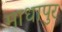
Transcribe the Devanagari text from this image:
माधापुर